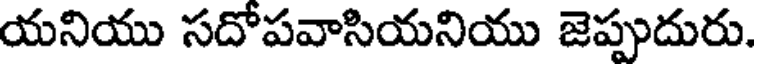
యనియు సదోపవాసియనియు జెప్పుదురు.